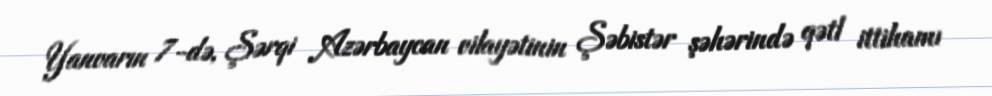
Yanvarın 7-də, Şərqi Azərbaycan vilayətinin Şəbistər şəhərində qətl ittihamı